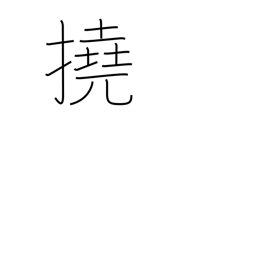
Meaning: bend